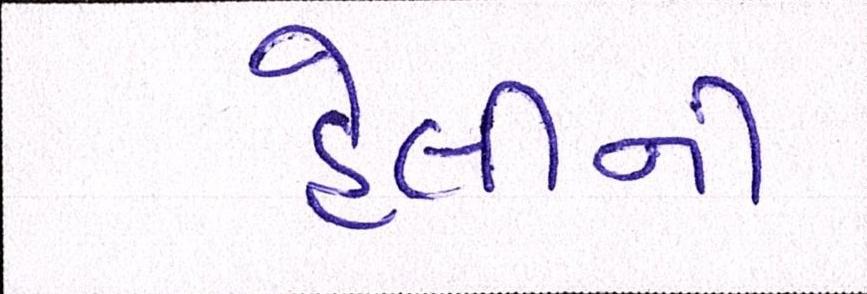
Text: હેલીની